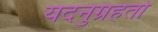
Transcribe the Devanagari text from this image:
यदनुग्रहतो